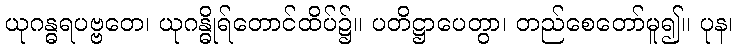
ယုဂန္ဓရပဗ္ဗတေ၊ ယုဂန္ဓိုရ်တောင်ထိပ်၌။ ပတိဋ္ဌာပေတွာ၊ တည်စေတော်မူ၍။ ပုန၊